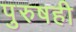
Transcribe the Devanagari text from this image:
पुरुषही